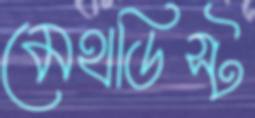
মেথডিস্ট